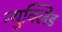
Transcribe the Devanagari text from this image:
न्युक्लिड